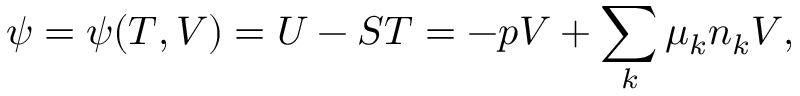
\psi = \psi ( T , V ) = U - S T = - p V + \sum _ { k } \mu _ { k } n _ { k } V ,